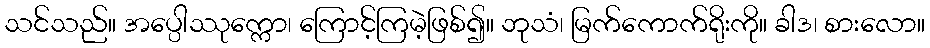
သင်သည်။ အပ္ပေါဿုက္ကော၊ ကြောင့်ကြမဲ့ဖြစ်၍။ ဘုသံ၊ မြက်ကောက်ရိုးကို။ ခါဒ၊ စားလော။